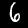
Label: 6